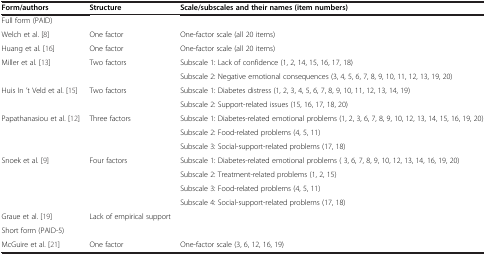
| Form/authors | Structure | Scale/subscales and their names (item numbers) |
 | --- | --- | --- |
 | Full form (PAID) |  |  |
 | Welch et al. [8] | One factor | One-factor scale (all 20 items) |
 | Huang et al. [16] | One factor | One-factor scale (all 20 items) |
 | Miller et al. [13] | Two factors | Subscale 1: Lack of confidence (1, 2, 14, 15, 16, 17, 18) |
 |  |  | Subscale 2: Negative emotional consequences (3, 4, 5, 6, 7, 8, 9, 10, 11, 12, 13, 19, 20) |
 | Huis In ’t Veld et al. [15] | Two factors | Subscale 1: Diabetes distress (1, 2, 3, 4, 5, 6, 7, 8, 9, 10, 11, 12, 13, 14, 19) |
 |  |  | Subscale 2: Support-related issues (15, 16, 17, 18, 20) |
 | Papathanasiou et al. [12] | Three factors | Subscale 1: Diabetes-related emotional problems (1, 2, 3, 6, 7, 8, 9, 10, 12, 13, 14, 15, 16, 19, 20) |
 |  |  | Subscale 2: Food-related problems (4, 5, 11) |
 |  |  | Subscale 3: Social-support-related problems (17, 18) |
 | Snoek et al. [9] | Four factors | Subscale 1: Diabetes-related emotional problems ( 3, 6, 7, 8, 9, 10, 12, 13, 14, 16, 19, 20) |
 |  |  | Subscale 2: Treatment-related problems (1, 2, 15) |
 |  |  | Subscale 3: Food-related problems (4, 5, 11) |
 |  |  | Subscale 4: Social-support-related problems (17, 18) |
 | Graue et al. [19] | Lack of empirical support |  |
 | Short form (PAID-5) |  |  |
 | McGuire et al. [21] | One factor | One-factor scale (3, 6, 12, 16, 19) |